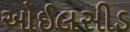
ઓઈલસીડ